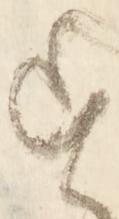
す